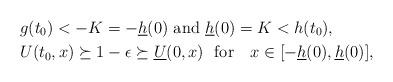
LaTeX: \begin{align*}&g(t_0)<-K=-\underline h(0)\ {\rm and}\ \underline h(0)=K< h(t_0),\\&U(t_0,x)\succeq 1-\epsilon\succeq \underline U(0,x) \ \mbox{ for } \ \ x\in [-\underline h(0),\underline h(0)],\end{align*}